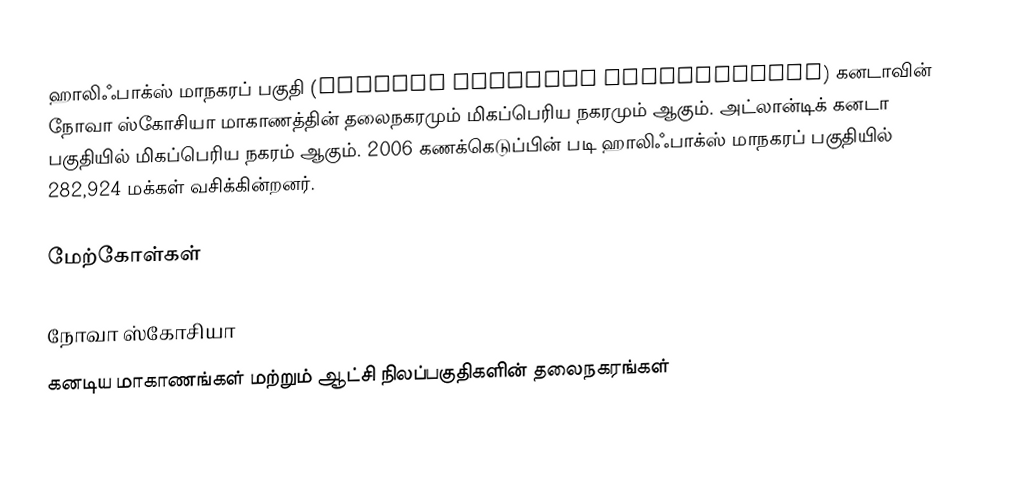
ஹாலிஃபாக்ஸ் மாநகரப் பகுதி (Halifax Regional Municipality) கனடாவின் நோவா ஸ்கோசியா மாகாணத்தின் தலைநகரமும் மிகப்பெரிய நகரமும் ஆகும். அட்லான்டிக் கனடா பகுதியில் மிகப்பெரிய நகரம் ஆகும். 2006 கணக்கெடுப்பின் படி ஹாலிஃபாக்ஸ் மாநகரப் பகுதியில் 282,924 மக்கள் வசிக்கின்றனர்.

மேற்கோள்கள்

நோவா ஸ்கோசியா
கனடிய மாகாணங்கள் மற்றும் ஆட்சி நிலப்பகுதிகளின் தலைநகரங்கள்